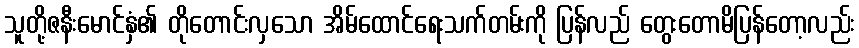
သူတို့ဇနီးမောင်နှံ၏ တိုတောင်းလှသော အိမ်ထောင်ရေးသက်တမ်းကို ပြန်လည် တွေးတောမိပြန်တော့လည်း